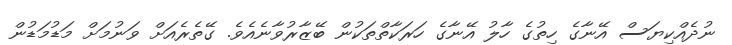
ނުދެއްކިޔަސް އޭނާގެ ހިތުގެ ހާލު އޭނާގެ ހަރަކާތްތަކުން ބޭޒާރުވާނެއެވެ. ގޭތެރެއަށް ވަނުމަށް މަޑުމަޑުން